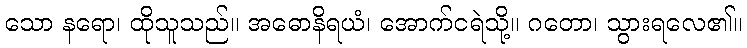
သော နရော၊ ထိုသူသည်။ အဓောနိရယံ၊ အောက်ငရဲသို့။ ဂတော၊ သွားရလေ၏။